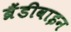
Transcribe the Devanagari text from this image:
ब्रैंडीवाइन